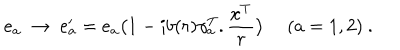
LaTeX: e _ { a } \ \rightarrow \ e _ { a } ^ { \prime } = e _ { a } \big ( 1 - i b ( r ) \gamma _ { a } ^ { T } . \frac { x ^ { T } } { r } \big ) \ ( a = 1 , 2 ) \ .